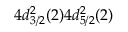
4 d _ { 3 / 2 } ^ { 2 } ( 2 ) 4 d _ { 5 / 2 } ^ { 2 } ( 2 )